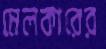
মেলকারের